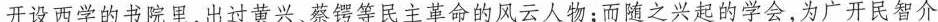
开设西学的书院里，出过黄兴、蔡锷等民主革命的风云人物；而随之兴起的学会，为广开民智介